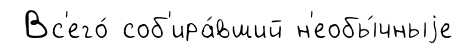
Вс'его́ соб'ира́вший н'еобы́чныjе